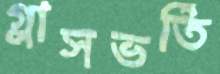
গ্লাসভর্তি